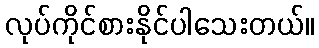
လုပ်ကိုင်စားနိုင်ပါသေးတယ်။